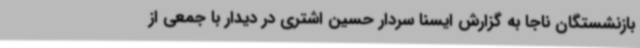
بازنشستگان ناجا به گزارش ایسنا سردار حسین اشتری در دیدار با جمعی از